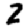
Digit: 2